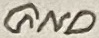
Text: GND